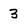
Character: 3